Civil Veterinary Department. Madras. Admin. report 1926-33 - 1926-1933
Year: 1926
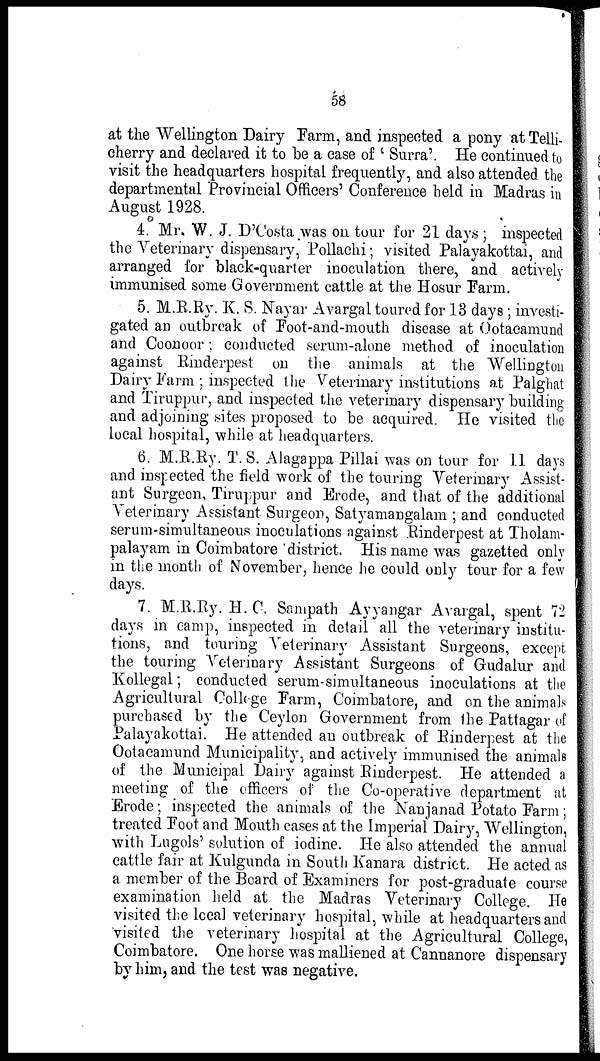
58
at the Wellington Dairy Farm, and inspected a pony at Telli-
cherry and declared it to be a case of 'Surra'. He continued to
visit the headquarters hospital frequently, and also attended the
departmental "Provincial Officers' Conference held in Madras in
August 1928.
4. Mr. W. J. D'Costa was on tour for 21 days; inspected
the Veterinary dispensary, Pollachi; visited Palayakottai, and
arranged for black-quarter inoculation there, and actively
immunised some Government cattle at the Hosur Farm.
5. M.R.Ry. K. S. Nayar Avargal toured for 13 days; investi-
gated an outbreak of Foot-and-mouth disease at Ootacamund
and Coonoor; conducted serum-alone method of inoculation
against Rinderpest on the animals at the Wellington
Dairy Farm; inspected the Veterinary institutions at Palghat
and Tiruppur, and inspected the veterinary dispensary building
and adjoining sites proposed to be acquired. He visited the
local hospital, while at headquarters.
6. M.R.Ry. T. S. Alagappa Pillai was on tour for 11 days
and inspected the field work of the touring Veterinary Assist-
ant Surgeon, Tiruppur and Erode, and that of the additional
Veterinary Assistant Surgeon, Satyamangalam; and conducted
serum-simultaneous inoculations against Rinderpest at Tholam-
palayam in Coimbatore district. His name was gazetted only
in the month of November, hence he could only tour for a few
days.
7. M.R.Ry. H. C. Sampath Ayyangar Avargal, spent 72
days in camp, inspected in detail all the veterinary institu-
tions, and touring Veterinary Assistant Surgeons, except
the touring Veterinary Assistant Surgeons of Gudalur and
Kollegal; conducted serum-simultaneous inoculations at the
Agricultural College Farm, Coimbatore, and on the animals
purchased by the Ceylon Government from the Pattagar of
Palayakottai. He attended an outbreak of Rinderpest at the
Ootacamund Municipality, and actively immunised the animals
of the Municipal Dairy against Rinderpest. He attended a
meeting of the officers of the Co-operative department at
Erode; inspected the animals of the Nanjanad Potato Farm;
treated Foot and Mouth cases at the Imperial Dairy, Wellington,
with Lugols' solution of iodine. He also attended the annual
cattle fair at Kulgunda in South Kanara district. He acted as
a member of the Board of Examiners for post-graduate course
examination held at the Madras Veterinary College. He
visited the local veterinary hospital, while at headquarters and
visited the veterinary hospital at the Agricultural College,
Coimbatore. One horse was malliened at Cannanore dispensary
by him, and the test was negative.